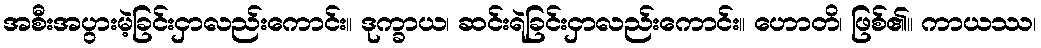
အစီးအပွားမဲ့ခြင်းငှာလည်းကောင်း။ ဒုက္ခာယ၊ ဆင်းရဲခြင်းငှာလည်းကောင်း။ ဟောတိ၊ ဖြစ်၏။ ကာယဿ၊